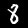
Digit: 8